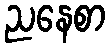
ညနေစာ